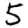
Digit: 5